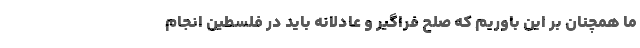
ما همچنان بر این باوریم که صلح فراگیر و عادلانه باید در فلسطین انجام